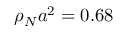
\rho _ { N } a ^ { 2 } = 0 . 6 8